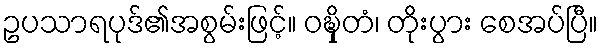
ဥပသာရပုဒ်၏အစွမ်းဖြင့်။ ဝဍ္ဎှိတံ၊ တိုးပွား စေအပ်ပြီ။